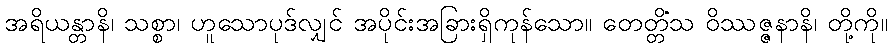
အရိယန္တာနိ၊ သစ္စာ၊ ဟူသောပုဒ်လျှင် အပိုင်းအခြားရှိကုန်သော။ တေတ္တိံသ ဝိဿဇ္ဇနာနိ၊ တို့ကို။